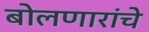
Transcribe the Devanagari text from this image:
बोलणारांचे